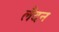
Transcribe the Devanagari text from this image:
लैदन